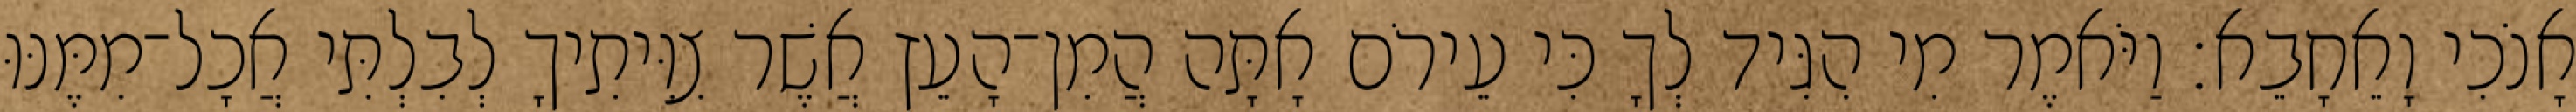
אָנֹכִי וָאֵחָבֵא׃ וַיֹּאמֶר מִי הִגִּיד לְךָ כִּי עֵירֹם אָתָּה הֲמִן־הָעֵץ אֲשֶׁר צִוִּיתִיךָ לְבִלְתִּי אֲכָל־מִמֶּנּוּ